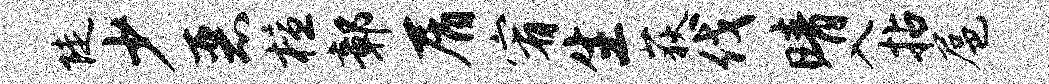
陡少恶檀鄣屑宥生荻伐晴入拈扈